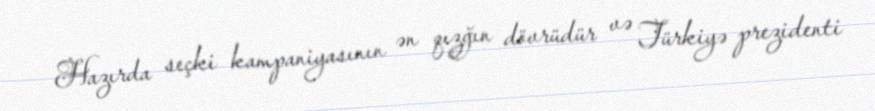
Hazırda seçki kampaniyasının ən qızğın dövrüdür və Türkiyə prezidenti